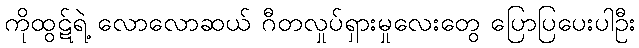
ကိုထွဋ်ရဲ့ လောလောဆယ် ဂီတလှုပ်ရှားမှုလေးတွေ ပြောပြပေးပါဦး